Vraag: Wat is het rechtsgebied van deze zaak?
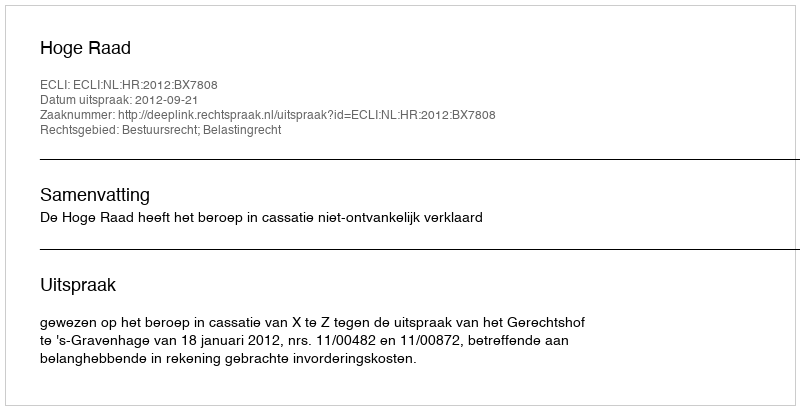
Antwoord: Bestuursrecht; Belastingrecht